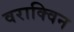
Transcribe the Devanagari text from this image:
वराक्विन